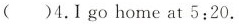
( )4.1 go home at 5:20.